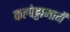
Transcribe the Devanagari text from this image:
कल्पेट्टामार्गे